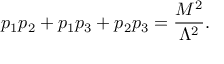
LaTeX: p _ { 1 } p _ { 2 } + p _ { 1 } p _ { 3 } + p _ { 2 } p _ { 3 } = \frac { M ^ { 2 } } { \Lambda ^ { 2 } } .